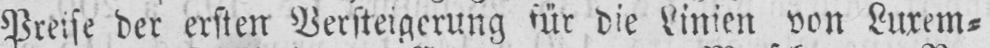
Preise der ersten Versteigerung für die Linien von Luxem⸗